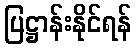
ပြဋ္ဌာန်းနိုင်ရန်